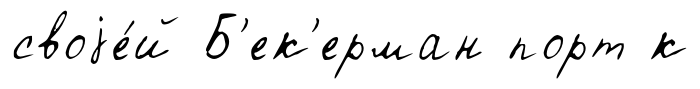
своjе́й Б'ек'ерман порт к